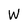
Character: W